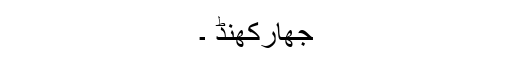
جھارکھنڈ ۔